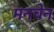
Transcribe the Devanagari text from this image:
मनचेन